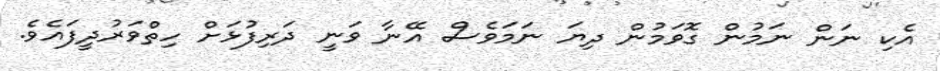
އެކި ނަން ނަމުން ގޮވަމުން ދިޔަ ނަމަވެސް އޭނާ ވަނީ ދަރިފުޅަށް ހިތްވަރުދީފައެވެ.